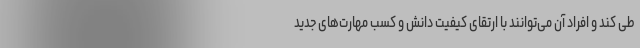
طی کند و افراد آن می‌توانند با ارتقای کیفیت دانش و کسب مهارت‌های جدید